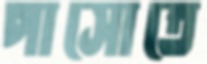
পাসোতে